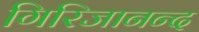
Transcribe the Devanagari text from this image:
गिरिजानन्द